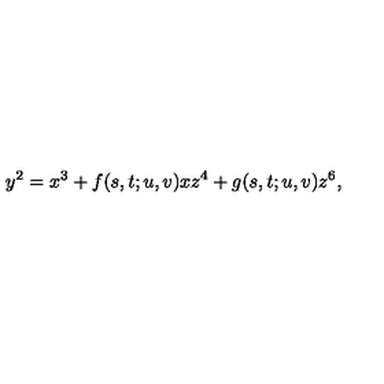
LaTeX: y ^ { 2 } = x ^ { 3 } + f ( s , t ; u , v ) x z ^ { 4 } + g ( s , t ; u , v ) z ^ { 6 } ,